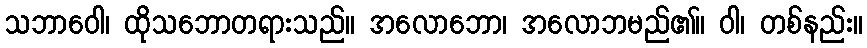
သဘာဝေါ၊ ထိုသဘောတရားသည်။ အလောဘော၊ အလောဘမည်၏။ ဝါ၊ တစ်နည်း။